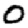
Digit: 0